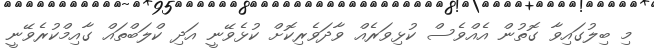
މި ބިލުގައިވާ ގޮތުން އެއްވެސް ކުޅިވަރެއް ވާދަވެރިކޮށް ކުޅެވޭނީ އަދި ކްލަބްތައް ގާއިމްކުރެވޭނީ